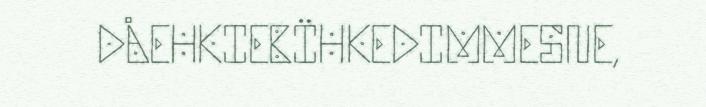
DÅEHKIEBÏHKEDIMMESNE,